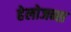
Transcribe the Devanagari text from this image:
हेलोजन्स